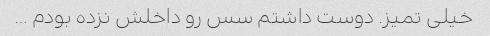
خیلی تمیز. دوست داشتم سس رو داخلش نزده بودم …